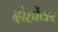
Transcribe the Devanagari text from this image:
दोहोंवर